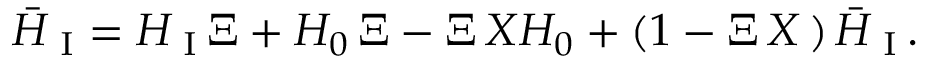
{ \bar { H } } _ { \mathrm { \scriptsize ~ I } } = H _ { \mathrm { \scriptsize ~ I } } \, \Xi + H _ { 0 } \, { \Xi } - \Xi \, { \cal X } H _ { 0 } + \left( 1 - \Xi \, { \cal X } \, \right) { \bar { H } } _ { \mathrm { \scriptsize ~ I } } \, .